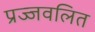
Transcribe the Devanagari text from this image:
प्रज्‍जवलित